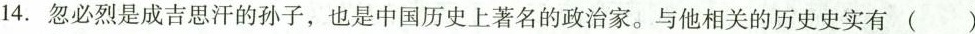
14.忽必烈是成吉思汗的孙子，也是中国历史上著名的政治家。与他相关的历史史实有 ( )